Investigations on Bengal jail dietaries - Number 37
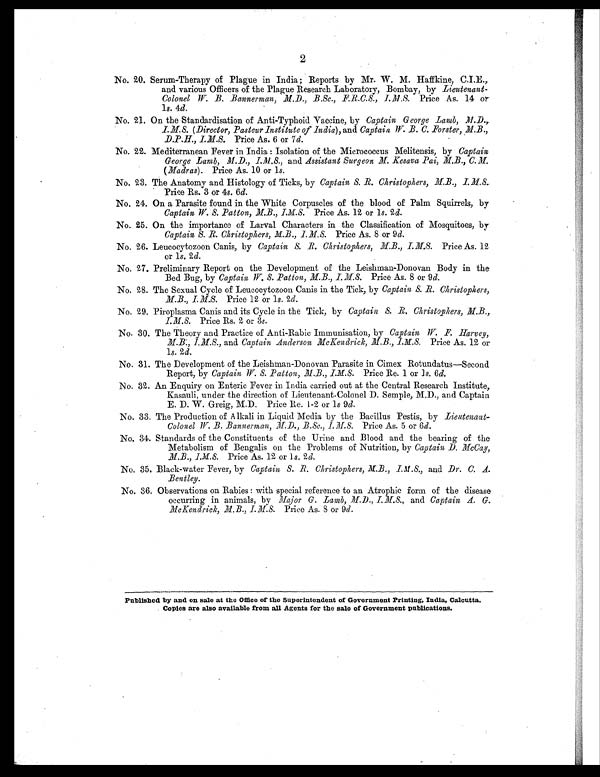
2
No. 20. Serum-Therapy of Plague in India; Reports by Mr. W. M. Haffkine. C.I.E.,
and various Officers of the Plague Research Laboratory, Bombay, by Lieutenant-
Colonel W. B. Bannerman, M.D., B.Sc., F.R.C.S., I.M.S. Price As. 14 or.
1 s. 4d.
No. 21. On the Standardisation of Anti-Typhoid Vaccine, by Captain George Lamb, M.D.,
I.M.S. (Director, Pasteur Institute of India), and Captain, W. B. C. Forster, M.B.,
D.P.H., I.M.S. Price As. 6 or 7 d.
No. 22. Mediterranean Fever in India : Isolation of the Micrococcus Melitensis, by Captain
George Lamb, M.D., 1.M.S., and Assistant Surgeon M. Kesava Pai, M.B., C.M.
(Madras). Price As. 10 or 1s.
No. 23. The Anatomy and Histology of Ticks, by Captain S. R. Christophers, M.B., IM.S.
Price Rs. 3 or 4s. 6 d.
No. 24. On a Parasite found in the White Corpuscles of the blood of Palm Squirrels, by
Captain W. S. Patton, M.B., I.M.S. Price As. 12 or 1s.2d.
No. 25. On the importance of Larval Characters in the Classification of Mosquitoes, by
Captain S. B. Christophers, M.B., I.M.S. Price As. 8 or 9 d .
No. 26. Leucocytozoon Canis, by Captain S. B. Christophers,M.B., I.M.S. Price As. 12
or ls. 2d.
No. 27. Preliminary Report on the Development of the Leishman-Donovan Body in the
Bed Bug, by Captain W. S. Patton, M.B., I.M.S. Price As. 8 or 9 d .
No. 28. The Sexual Cycle of Leucocytozoon Canis in the Tick, by Captain S. R. Christophers,
M.B., I.M.S. Price 12 or 1s. 2 d.
No. 29. Piroplasma Canis and its Cycle in the Tick, by Captain S. R. Christophers, M.B.,
I.M.S. Price Rs. 2 or 3s.
No. 30. The Theory and Practice of Anti-Rabic Immunisation, by Captain W. F. Harvey,
M.B., 1.M.S., and Captain Anderson McKendrick, M.B., I.M.S. Price As. 12 or
1 s. 2 d.
No. 31. The Development of the Leishman-Donovan Parasite in Cimex Rotundatus—Second
Report, by Captain W. S. Patton, M.B., I.M.S. Price Re. 1 or 1s . 6d.
No. 32. An Enquiry on Enteric Fever in India carried out at the Central Research Institute,
Kasauli, under the direction of Lieutenant-Colonel D. Semple, M.D., and Captain
E. D. W. Greig, M.D. Price Re. 1-2 or 1 s 9d .
No. 33. The Production of Alkali in Liquid Media by the Bacillus Pestis, by Lieutenant-
Colonel W. B. Bannerman, M.D., B.Sc.,
Price As. 5 or 6 d .
No. 34. Standards of the Constituents of the Urine and Blood and the bearing of the
Metabolism of Bengalis on the Problems of Nutrition, by Captain D. McCay,
M.B., I.M.S. Price As. 12 or 1s. 2 d.
No. 35. Black-water Fever, by Captain S. B. Christophers, M.B., I.M.S., and Dr. C. A.
Bentley.
No. 36. Observations on Rabies : with special reference to an Atrophic form of the disease
occurring in animals, by Major G. Lamb, M.D., I.M.S., and Captain A. G.
McKendrick, M.B., I.M.S. Price As. 8 or 9 d .
Published by and on sale at the Office of the Superintendent of Government Printing, India, Calcutta.
Copies are also available from all Agents for the sale of Government publications.